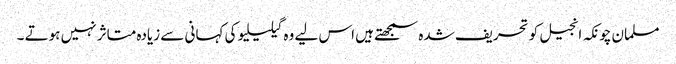
مسلمان چونکہ انجیل کو تحریف شدہ سمجھتے ہیں اس لیے وہ گیلیلیو کی کہانی سے زیادہ متاثر نہیں ہوتے ۔